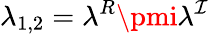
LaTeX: \lambda_{1,2}=\lambda^{R}\pmi\lambda^{\mathcal{I}}